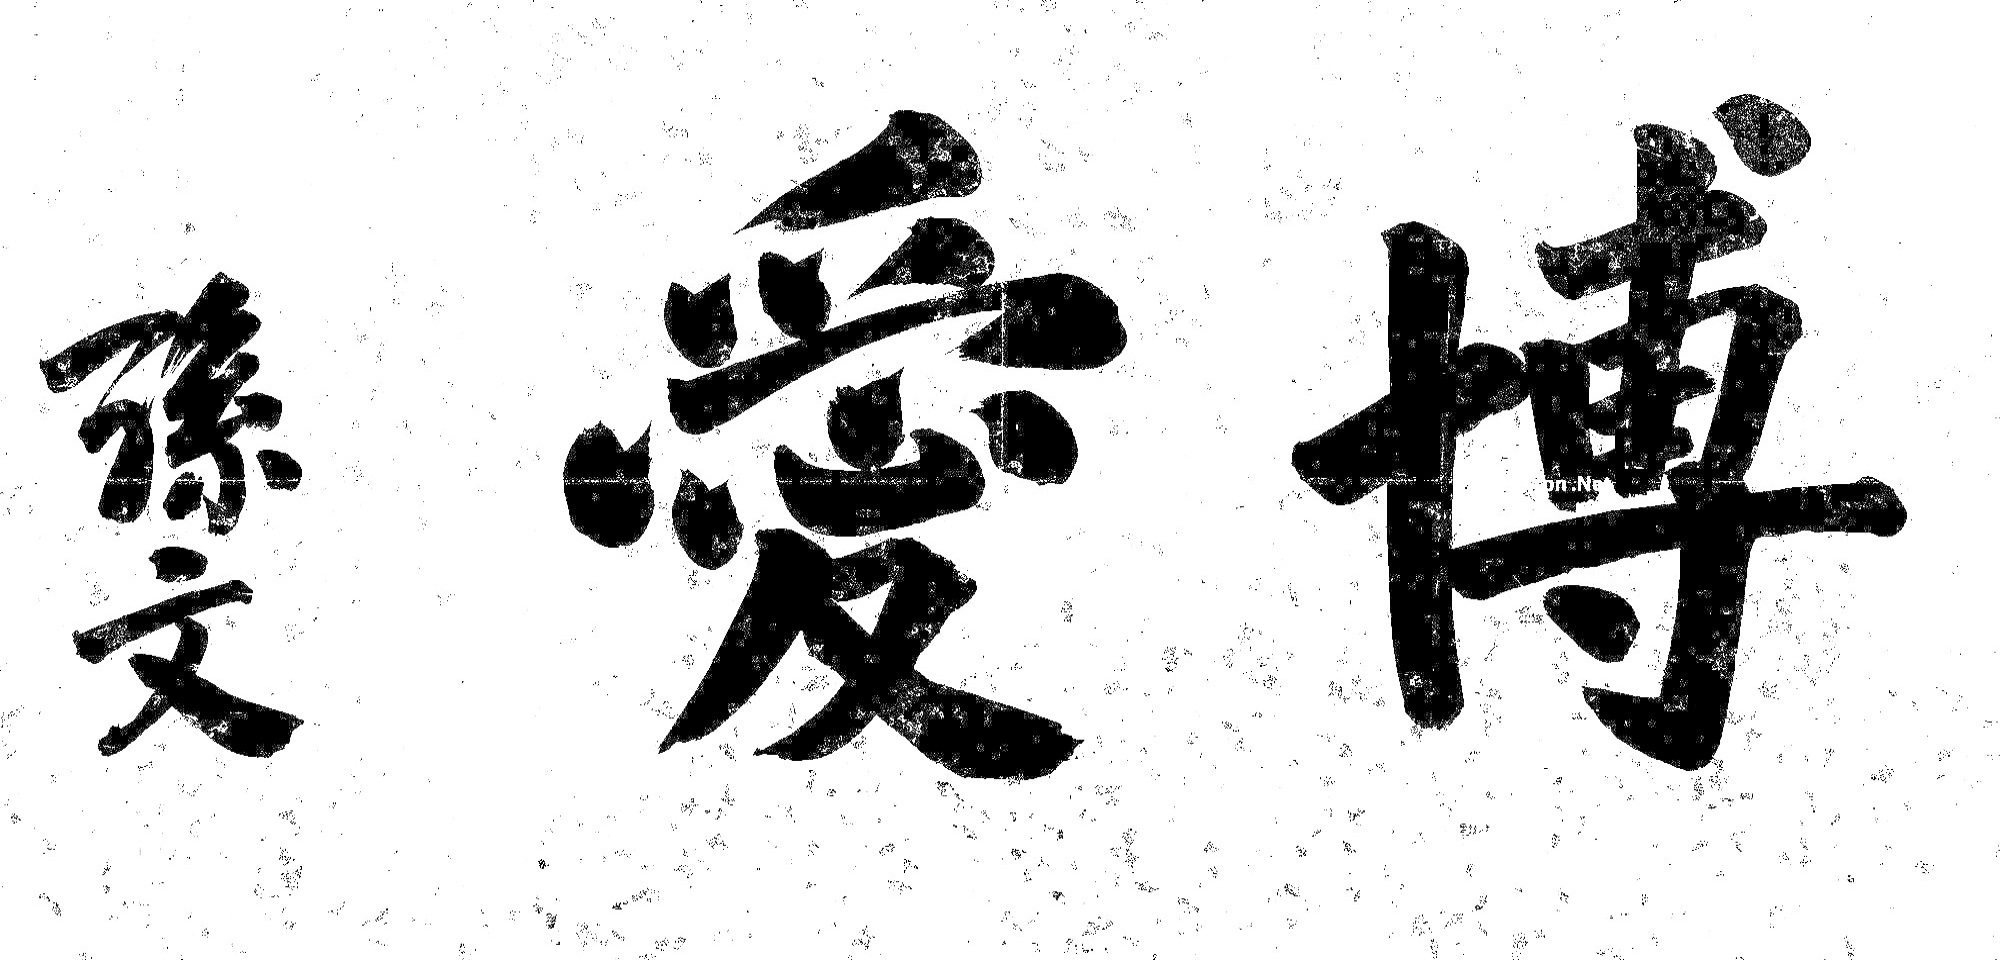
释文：博爱。孙文。